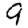
Digit: 9